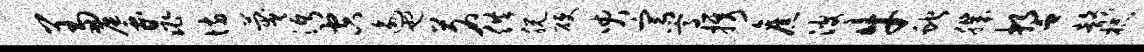
羞蜃晁坊蔑沔空逾也茗供脱硬臾宣嵩携旧波牛蛇肌誓韵杯